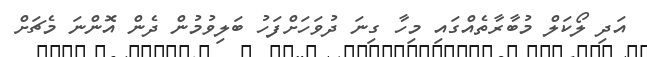
އަދި ލޯކަލް މުބާރާތެއްގައި މިހާ ގިނަ ދުވަހަށްފަހު ބަލިވުމުން ދެން އޮންނަ މެޗަށް